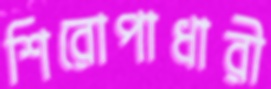
শিরোপাধারী